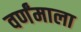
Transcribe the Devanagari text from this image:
वर्णंमाला